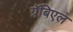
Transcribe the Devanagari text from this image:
ग्रॅबिएल